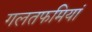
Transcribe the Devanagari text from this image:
गलतफमियां